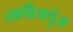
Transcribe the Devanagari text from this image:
तापीयपुंज